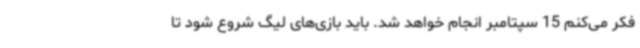
فکر می‌کنم 15 سپتامبر انجام خواهد شد. باید بازی‌های لیگ شروع شود تا